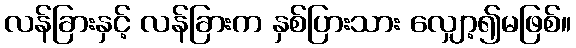
လန်ခြားနှင့် လန်ခြားက နှစ်ပြားသား လျှော့၍မဖြစ်။